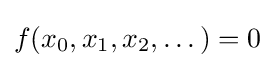
f(x_{0},x_{1},x_{2},\dots )=0